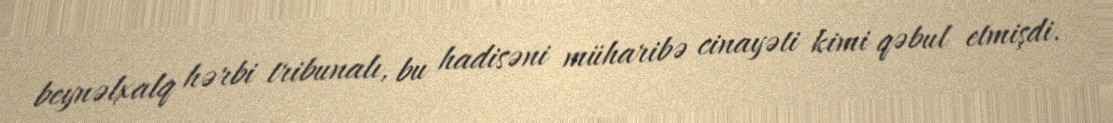
beynəlxalq hərbi tribunalı, bu hadisəni müharibə cinayəti kimi qəbul etmişdi.